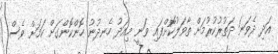
އަދި ދެވަނަ ދަތުރުކުރުމަށް ތާވަލުކޮށްފައި ވަނީ މިއަދު ހެނދުނު ހޮންކޮންގަށް ކަމަށް ވެސް